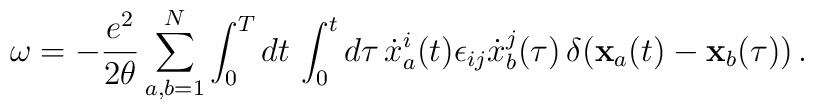
\omega=-{e^2\over 2\theta}\sum_{a,b=1}^N \int_0^Tdt\,\int_0^t d\tau\, {\dot x}^i_a(t)\epsilon_{ij}{\dot x}^j_b(\tau)\,\delta({\bf x}_a(t)-{\bf x}_b(\tau))\,.